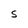
Character: e